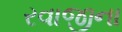
રવાજીના